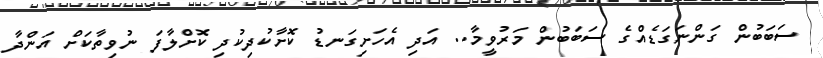
ސަބަބުން ގަންނަގަޑެއްގެ ސަބަބުން މަރުވީމާ.. އަދި އެހަށިގަނޑު ކޮށާކުދިކުދި ކޮށްލާފަ ނުވިތާކަށް އަންދާ